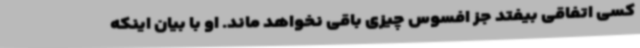
کسی اتفاقی بیفتد جز افسوس چیزی باقی نخواهد ماند. او با بیان اینکه